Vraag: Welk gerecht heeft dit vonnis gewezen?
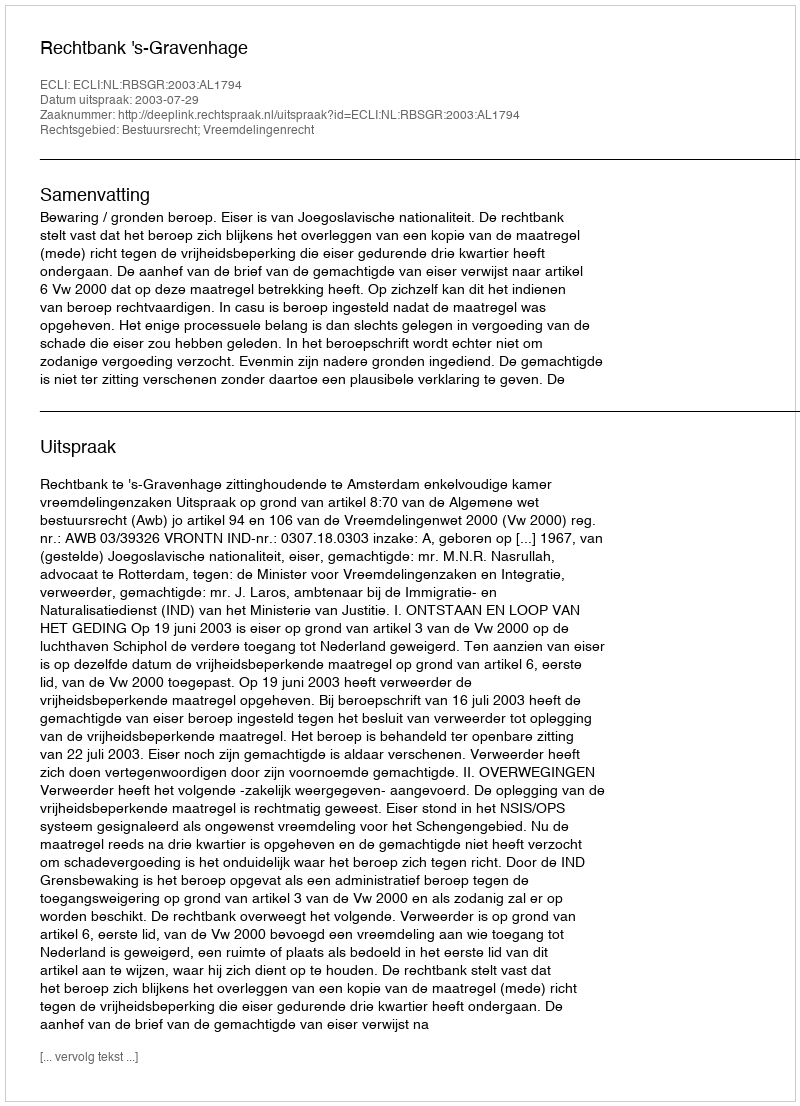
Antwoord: Rechtbank 's-Gravenhage